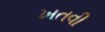
ખતવી